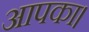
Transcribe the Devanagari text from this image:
आपका।